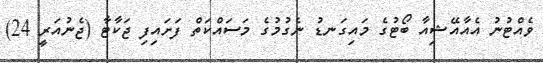
ވެއްޓުނު އެއާއޭޝިއާ ބޯޓުގެ މައިގަނޑު ނެގުމުގެ މަސައްކަތް ފަށައިފި ޖަކާޓާ (ޖެނުއަރީ 24)